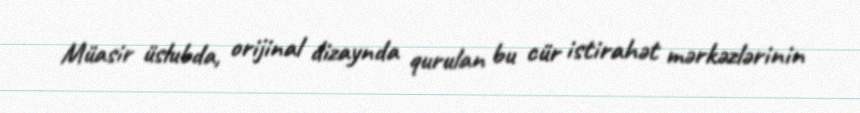
Müasir üslubda, orijinal dizaynda qurulan bu cür istirahət mərkəzlərinin